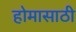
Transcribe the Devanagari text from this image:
होमासाठी